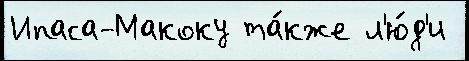
Ипаса-Макоку та́кже л'ю́д'и